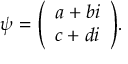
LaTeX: \psi = { \left( \begin{array} { l } { a + b i } \\ { c + d i } \end{array} \right) } .